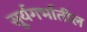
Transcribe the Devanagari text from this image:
सूर्यगर्भातील